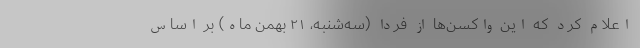
اعلام کرد که این واکسن‌ها از فردا (سه‌شنبه، ۲۱ بهمن ماه) بر اساس